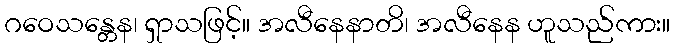
ဂဝေသန္တေန၊ ရှာသဖြင့်။ အလီနေနာတိ၊ အလီနေန ဟူသည်ကား။